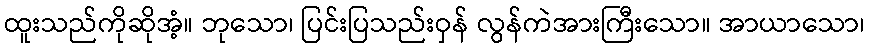
ထူးသည်ကိုဆိုအံ့။ ဘုသော၊ ပြင်းပြသည်းဝှန် လွန်ကဲအားကြီးသော။ အာယာသော၊